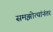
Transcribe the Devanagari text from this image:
समझोत्यांनंतर